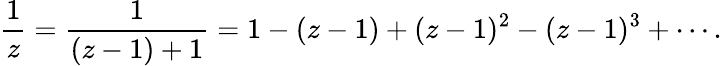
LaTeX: {\frac{1}{z}}={\frac{1}{(z-1)+1}}=1-(z-1)+(z-1)^{2}-(z-1)^{3}+\cdots.